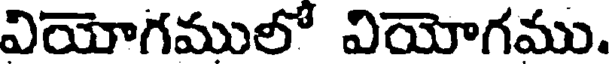
వియోగములో వియోగము.